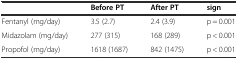
<table><thead><tr><td></td><td><b>Before PT</b></td><td><b>After PT</b></td><td><b>sign</b></td></tr></thead><tbody><tr><td>Fentanyl (mg/day)</td><td>3.5 (2.7)</td><td>2.4 (3.9)</td><td>p = 0.001</td></tr><tr><td>Midazolam (mg/day)</td><td>277 (315)</td><td>168 (289)</td><td>p &lt; 0.001</td></tr><tr><td>Propofol (mg/day)</td><td>1618 (1687)</td><td>842 (1475)</td><td>p &lt; 0.001</td></tr></tbody></table>